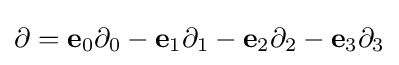
\partial =\mathbf {e} _{0}\partial _{0}-\mathbf {e} _{1}\partial _{1}-\mathbf {e} _{2}\partial _{2}-\mathbf {e} _{3}\partial _{3}